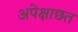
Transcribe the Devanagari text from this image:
अपेक्षाछत